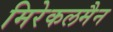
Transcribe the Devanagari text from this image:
मिरेकलमैन